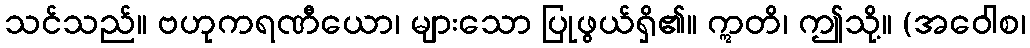
သင်သည်။ ဗဟုကရဏီယော၊ များသော ပြုဖွယ်ရှိ၏။ ဣတိ၊ ဤသို့။ (အဝေါစ၊